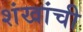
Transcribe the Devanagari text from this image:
शंखांची